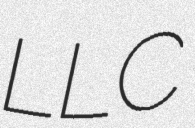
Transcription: LLC